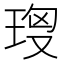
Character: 𤥘